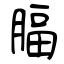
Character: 腷